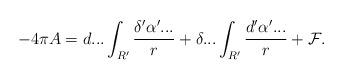
LaTeX: \begin{align*}-4\pi A=d...\int_{R^{\prime }}\frac{\delta ^{\prime }\alpha ^{\prime }...}{r}+\delta ...\int_{R^{\prime }}\frac{d^{\prime }\alpha ^{\prime }...}{r}+\mathcal{F}. \end{align*}